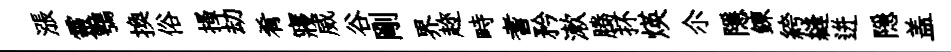
漲靈鶚換俗搔劫肴寢威谷剛界趂畤耆矜漱腾抔煐尒隱鍊絝縫迸隠盖